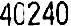
40240